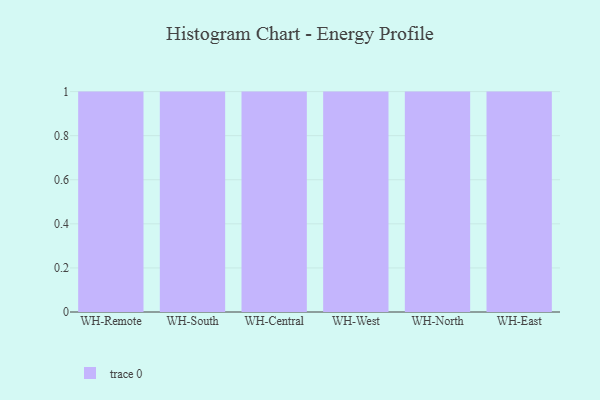
{"axis": {"x": "Warehouse", "y": "Production Output"}, "legend": [""], "data": [{"x": "WH-Remote", "y": 9, "type": ""}, {"x": "WH-South", "y": 20, "type": ""}, {"x": "WH-Central", "y": 68, "type": ""}, {"x": "WH-West", "y": 60, "type": ""}, {"x": "WH-North", "y": 68, "type": ""}, {"x": "WH-East", "y": 25, "type": ""}]}